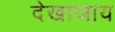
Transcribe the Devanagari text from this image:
देखाजाय